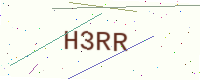
Text: H3RR